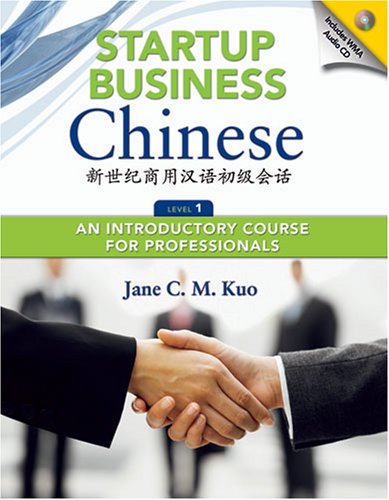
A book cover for Startup Business Chinese: An Introductory Course for Professionals, Level 1 (English and Chinese Edition); Jane C. M. Kuo; Travel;